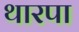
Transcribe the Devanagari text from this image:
थारपा